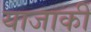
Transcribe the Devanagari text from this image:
याजाकी